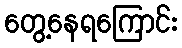
တွေ့နေရကြောင်း